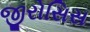
જીરોસિસ